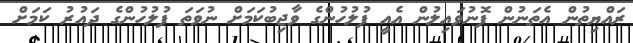
ރައްޔިތުން އެތަނުން ފޮނުވައިލުން އެއީ ފުލުހުންގެ ވާޖިބުކަމަށް ނުވަތަ ފުލުހުންގެ ދައުރު ކަމަށް